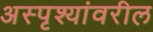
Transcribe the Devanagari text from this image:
अस्पृश्यांवरील